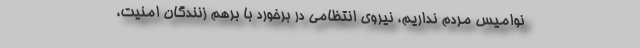
نوامیس مردم نداریم، نیروی انتظامی در برخورد با برهم زنندگان امنیت،